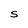
Character: S